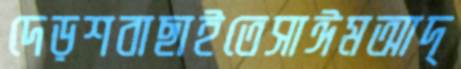
দেড়শবাছাইতেসাঈমআদ্